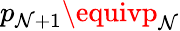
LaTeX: p_{\mathcal{N}+1}\equivp_{\mathcal{N}}